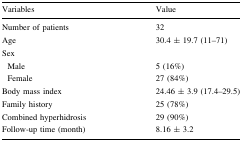
<table><thead><tr><td><b>Variables</b></td><td><b>Value</b></td></tr></thead><tbody><tr><td>Number of patients</td><td>32</td></tr><tr><td>Age</td><td>30.4 ± 19.7 (11–71)</td></tr><tr><td colspan="2">Sex</td></tr><tr><td> Male</td><td>5 (16%)</td></tr><tr><td> Female</td><td>27 (84%)</td></tr><tr><td>Body mass index</td><td>24.46 ± 3.9 (17.4–29.5)</td></tr><tr><td>Family history</td><td>25 (78%)</td></tr><tr><td>Combined hyperhidrosis</td><td>29 (90%)</td></tr><tr><td>Follow-up time (month)</td><td>8.16 ± 3.2</td></tr></tbody></table>